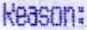
REASON: